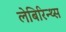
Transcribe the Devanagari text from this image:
लेबिरिन्थ्स